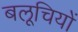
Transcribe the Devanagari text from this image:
बलूचियों